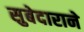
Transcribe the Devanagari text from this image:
सुबेदाराने